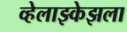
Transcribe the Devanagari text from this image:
व्हेलाझ्केझला